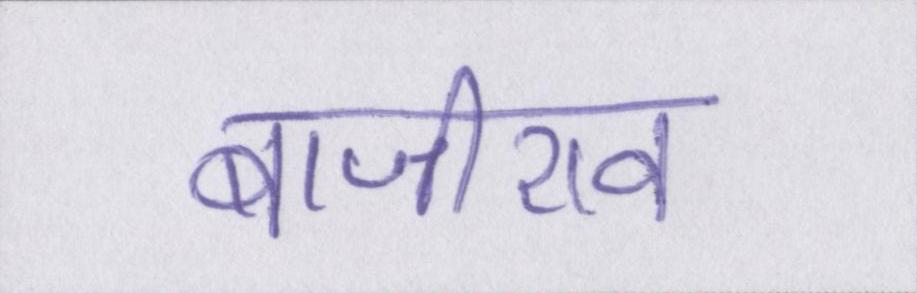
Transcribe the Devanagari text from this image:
बाजीराव